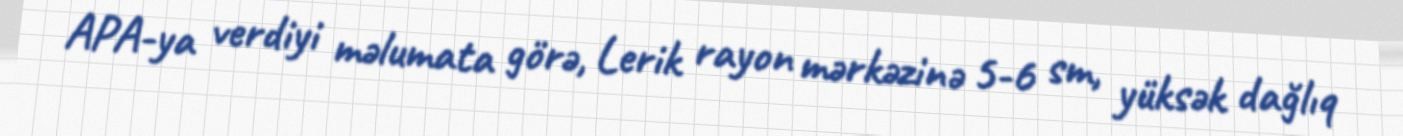
APA-ya verdiyi məlumata görə, Lerik rayon mərkəzinə 5-6 sm, yüksək dağlıq